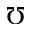
\mho